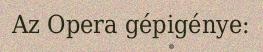
Az Opera gépigénye: